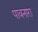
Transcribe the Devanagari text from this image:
पावनारा